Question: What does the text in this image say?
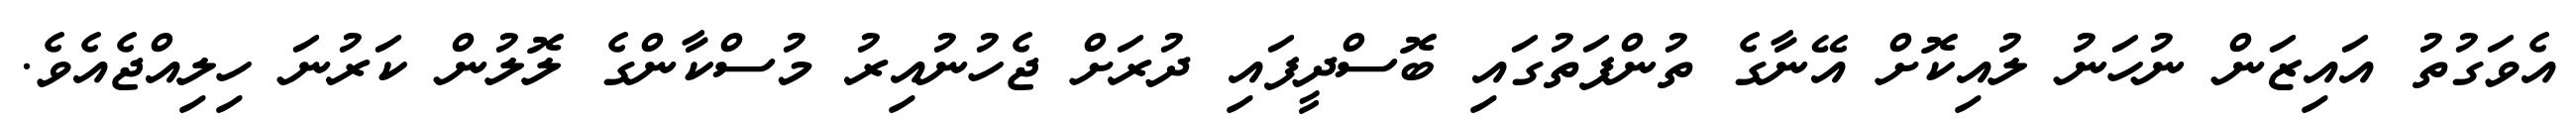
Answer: އެވަގުތު އައިޒަން ނުހަނު ލުއިކޮށް އޭނާގެ ތުންފަތުގައި ބޮސްދީފައި ދުރަށް ޖެހުނުއިރު މުސްކާންގެ ލޮލުން ކަރުނަ ހިލިއްޖެއެވެ.